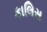
કાલિસ